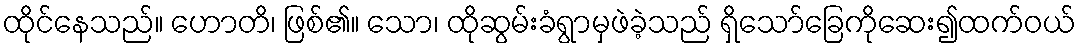
ထိုင်နေသည်။ ဟောတိ၊ ဖြစ်၏။ သော၊ ထိုဆွမ်းခံရွာမှဖဲခဲ့သည် ရှိသော်ခြေကိုဆေး၍ထက်ဝယ်